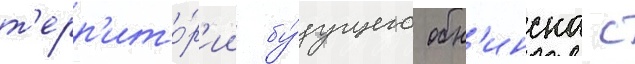
т'ерр'ито́р'ии бу́дущего обн'инска с